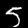
Digit: 5